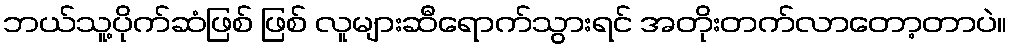
ဘယ်သူ့ပိုက်ဆံဖြစ် ဖြစ် လူများဆီရောက်သွားရင် အတိုးတက်လာတော့တာပဲ။